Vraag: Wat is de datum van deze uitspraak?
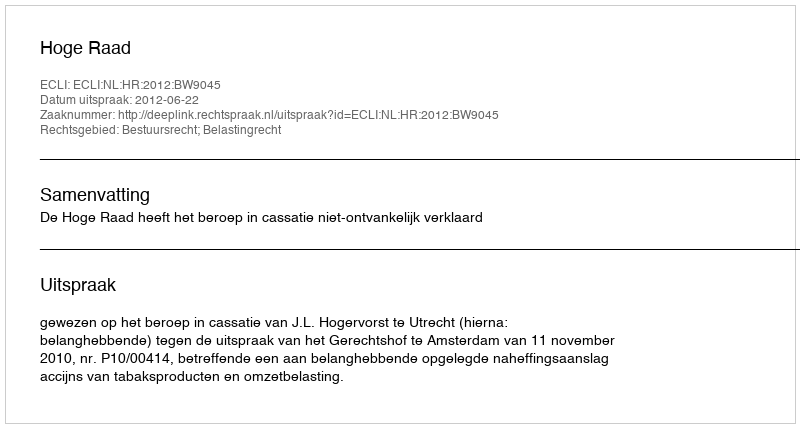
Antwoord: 2012-06-22